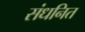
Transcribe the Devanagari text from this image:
संधनित